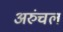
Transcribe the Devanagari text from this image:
अरुंचल